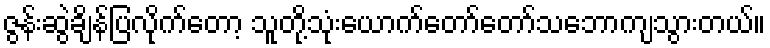
ဇွန်းဆွဲချိန်ပြလိုက်တော့ သူတို့သုံးယောက်တော်တော်သဘောကျသွားတယ်။